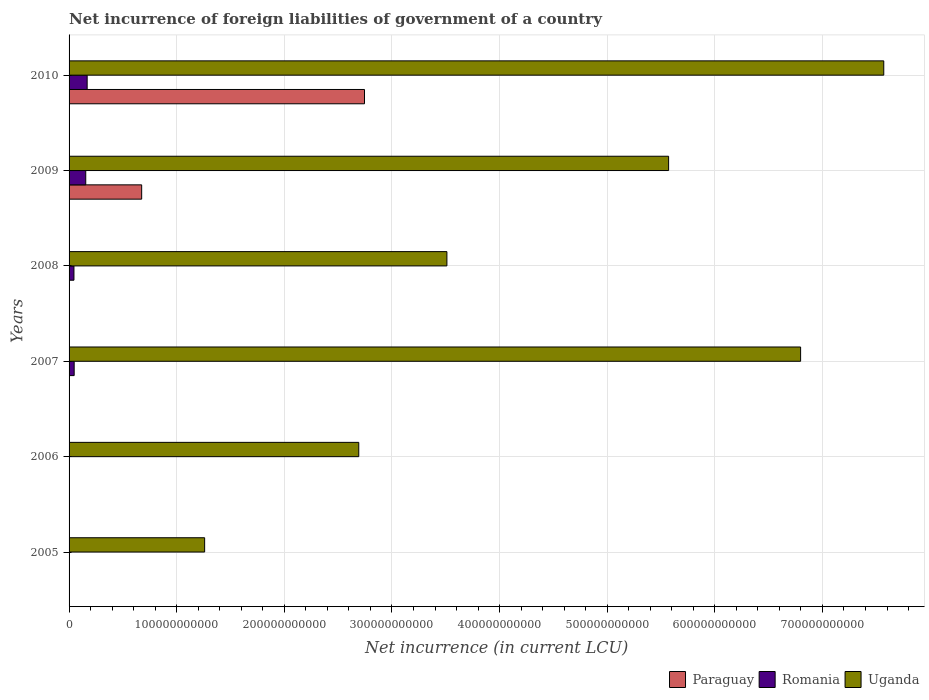
| Years | Paraguay | Romania | Uganda |
 | --- | --- | --- | --- |
 | 2005 | -3.1e+11 | 3.37e+08 | 1.26e+11 |
 | 2006 | -1.54e+11 | -1.46e+09 | 2.69e+11 |
 | 2007 | -2.14e+11 | 4.74e+09 | 6.8e+11 |
 | 2008 | -3.6e+11 | 4.54e+09 | 3.51e+11 |
 | 2009 | 6.75e+10 | 1.55e+10 | 5.57e+11 |
 | 2010 | 2.74e+11 | 1.68e+10 | 7.57e+11 |